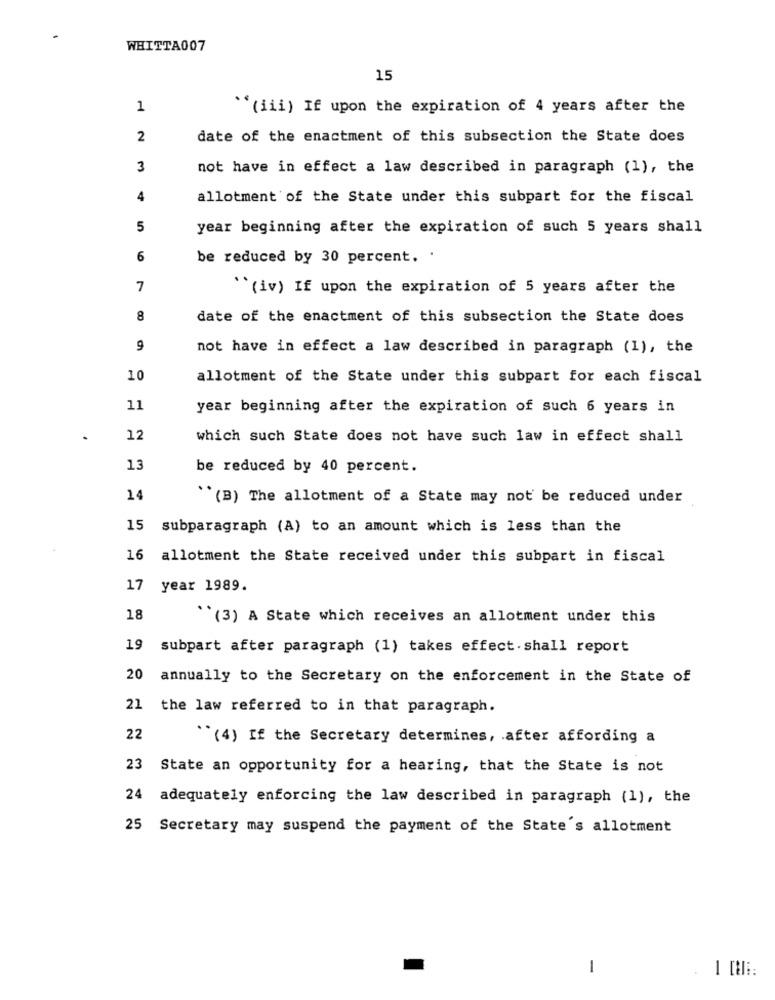
WHITTA007
15
1
"(iii) If upon the expiration of 4 years after the
2
date of the enactment of this subsection the State does
3
not have in effect a law described in paragraph (1), the
4
allotment of the State under this subpart for the fiscal
5
year beginning after the expiration of such 5 years shall
6
be reduced by 30 percent. .
7
`(iv) If upon the expiration of 5 years after the
8
date of the enactment of this subsection the State does
9
not have in effect a law described in paragraph (1), the
10
allotment of the State under this subpart for each fiscal
11
year beginning after the expiration of such 6 years in
12
which such State does not have such law in effect shall
13
be reduced by 40 percent.
..
14
`(B) The allotment of a State may not be reduced under
15 subparagraph (A) to an amount which is less than the
16 allotment the State received under this subpart in fiscal
17 year 1989.
18
(3) A State which receives an allotment under this
19 subpart after paragraph (1) takes effect. shall report
20
annually to the Secretary on the enforcement in the State of
21 the law referred to in that paragraph.
22
``(4) If the Secretary determines, after affording a
23 State an opportunity for a hearing, that the State is not
24 adequately enforcing the law described in paragraph (1), the
25 Secretary may suspend the payment of the State's allotment
1
-